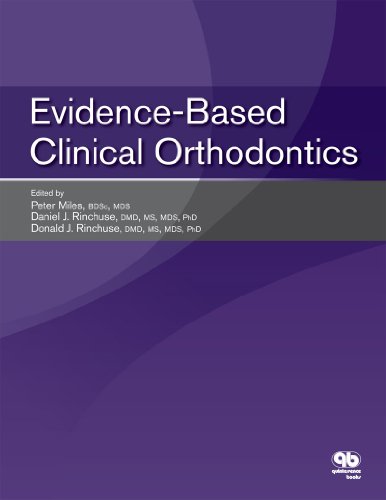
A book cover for Evidence-Based Clinical Orthodontics; Daniel J. Rinchuse; Medical Books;